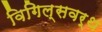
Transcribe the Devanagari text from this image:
विगिल्सवर्थ